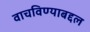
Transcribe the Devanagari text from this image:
वाचविण्याबद्दल